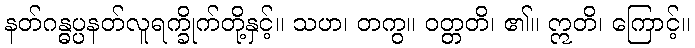
နတ်ဂန္ဓပ္ပနတ်လူရက္ခိုက်တို့နှင့်။ သဟ၊ တကွ။ ဝတ္တတိ၊ ၏။ ဣတိ၊ ကြောင့်။